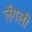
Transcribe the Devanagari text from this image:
लँगली